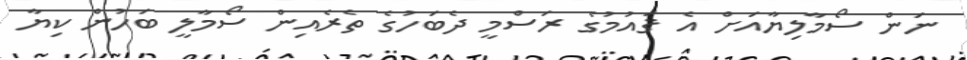
ނަން ސޯމާލިޔާއަށް އެ ޤައުމުގެ ރަސްމީ ދެބަހުގެ ތެރެއިން ސޯމާލީ ބަހުން ކިޔާ